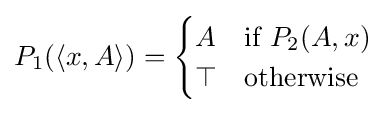
P_{1}(\langle x,A\rangle )={\begin{cases}A&{\text{if }}P_{2}(A,x)\\\top &{\text{otherwise}}\end{cases}}